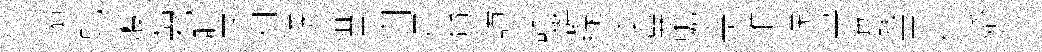
禦蜕艘梠邳肸眾利攜殖思刋尺台譁謳欝綠秉簨蟾竒堆挽晝飬㧞票信婚